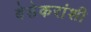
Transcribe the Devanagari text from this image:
बेडेकरांशी